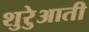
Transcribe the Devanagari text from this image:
शुरेुआती